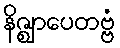
နိဇ္ဈာပေတဗ္ဗံ